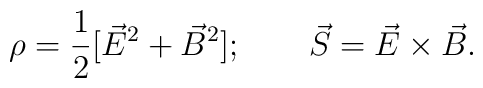
\rho = {1\over2} [\vec E^2+\vec B^2];\qquad\vec S = \vec E \times \vec B.